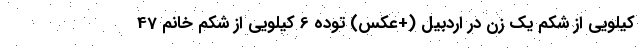
کیلویی از شکم یک زن در اردبیل (+عکس) توده 6 کیلویی از شکم خانم 47